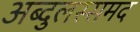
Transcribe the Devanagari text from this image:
अब्दुलस्समद